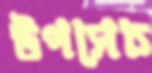
উপসেচ